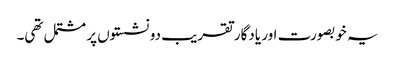
یہ خوبصورت اور یادگار تقریب دو نشستوں پر مشتمل تھی۔